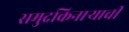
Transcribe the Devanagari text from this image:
समुद्रकिनाऱ्याची